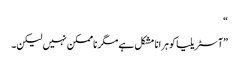
“
”آسٹریلیا کو ہرانا مشکل ہے مگر ناممکن نہیں لیکن۔